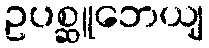
ဥပစ္ဆူဘေယျ